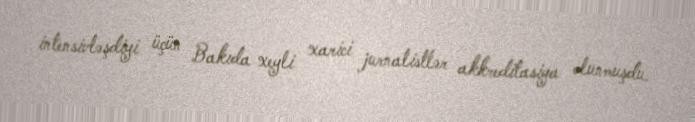
intensivləşdiyi üçün Bakıda xeyli xarici jurnalistlər akkreditasiya olunmuşdu.